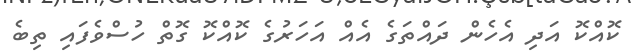
ކޮއްކޮ އަދި އެހެން ދައްތަގެ އެއް އަހަރުގެ ކޮއްކޮ ގޮތް ހުސްވެފައި ތިބެ